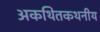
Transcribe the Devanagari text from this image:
अकथितकथनीय